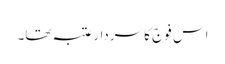
اس فوج کا سردار عتبہ تھا۔